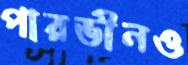
পারভীনও